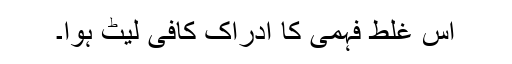
اس غلط فہمی کا ادراک کافی لیٹ ہوا۔